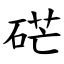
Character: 硭